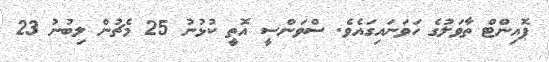
ޕޮއިންޓް ތާވަލުގެ ހަވަނައިގައެވެ. ސްވަންސީ އޮތީ ކުޅުނު 25 މެޗުން ލިބުނު 23